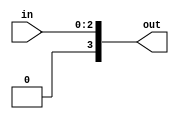
module threeToFour(in, out);
input [2:0]in;
output reg [3:0]out;

always@(*)
begin
out=in;
end
endmodule